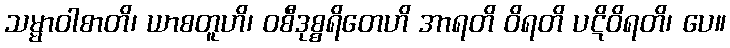
သမ္မာဝါစာတိ၊ ယာစတူဟိ၊ ဝစီဒုစ္စရိတေဟိ အာရတိ ဝိရတိ ပဋိဝိရတိ၊ ပေ။